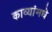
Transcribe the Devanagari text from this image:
काव्यांमधे